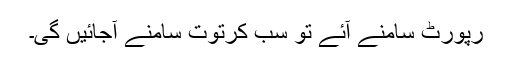
رپورٹ سامنے آئے تو سب کرتوت سامنے آجائیں گی۔